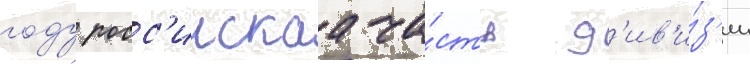
году росс'иискаа ча́сть д'ив'и́з'ии